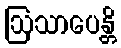
ဩသာပေန္တိ